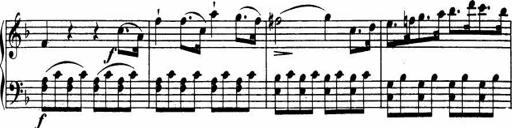
Title: Le bouquetier
Composer: Anton Diabelli
Key: G major
 C major
 F major
 C major